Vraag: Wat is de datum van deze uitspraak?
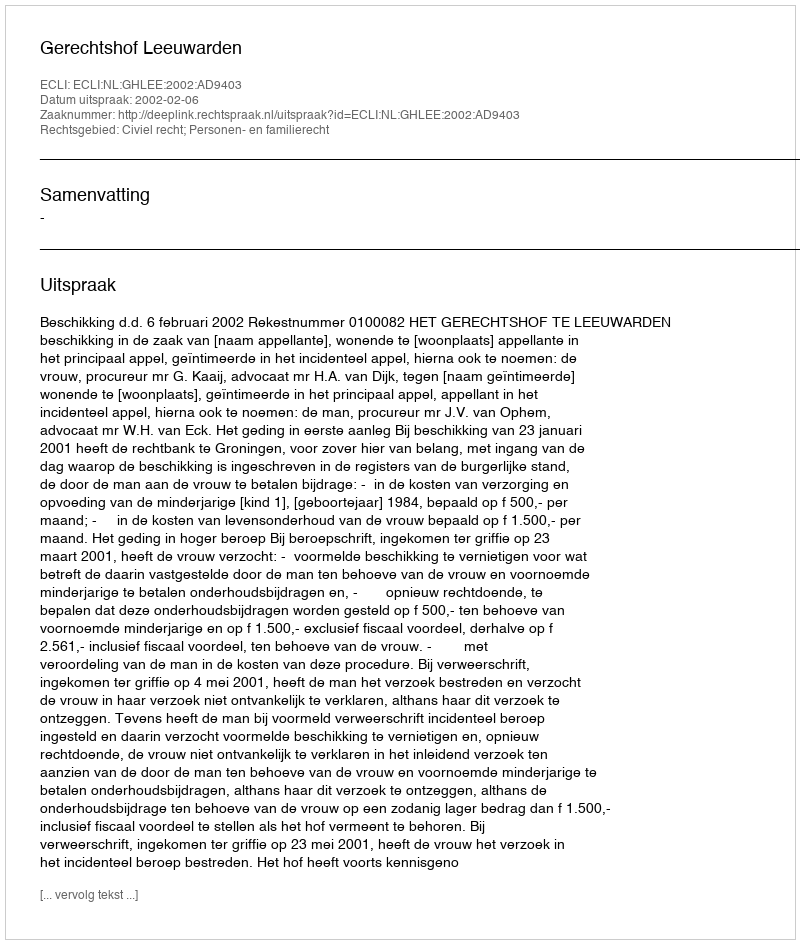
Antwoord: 2002-02-06